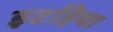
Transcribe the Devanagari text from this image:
इटहिया